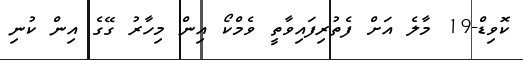
ކޮވިޑް-19 މާލެ އަށް ފެތުރިފައިވާތީ ވެމްކޯ އިން މިހާރު ގޭގެ އިން ކުނި